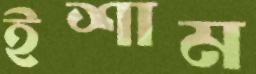
ইশাম